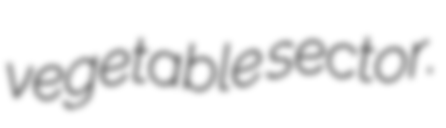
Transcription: vegetable sector.